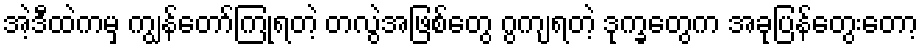
အဲ့ဒီထဲကမှ ကျွန်တော်ကြုံရတဲ့ တလွဲအဖြစ်တွေ ဂွကျရတဲ့ ဒုက္ခတွေက အခုပြန်တွေးတော့